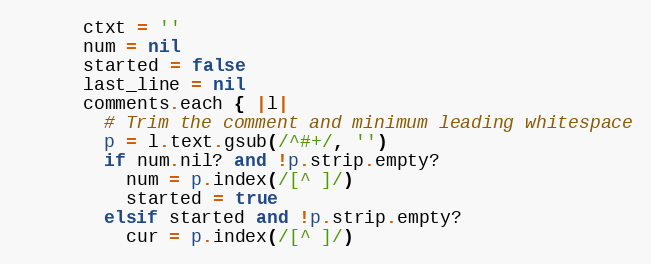
Language: Ruby
      ctxt = ''
      num = nil
      started = false
      last_line = nil
      comments.each { |l|
        # Trim the comment and minimum leading whitespace
        p = l.text.gsub(/^#+/, '')
        if num.nil? and !p.strip.empty?
          num = p.index(/[^ ]/)
          started = true
        elsif started and !p.strip.empty?
          cur = p.index(/[^ ]/)